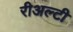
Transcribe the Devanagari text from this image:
रीअल्टी